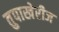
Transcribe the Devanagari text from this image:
तुपाखेरीज